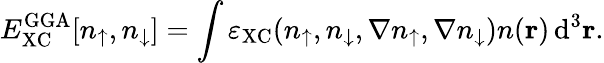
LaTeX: E_{\mathrm{XC}}^{\mathrm{GGA}}[n_{\uparrow},n_{\downarrow}]=\int\varepsilon_{\mathrm{XC}}(n_{\uparrow},n_{\downarrow},\nabla n_{\uparrow},\nabla n_{\downarrow})n(\mathbf{r})\, \mathrm{d}^{3}\mathbf{r}.